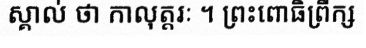
ស្គាល់ ថា កាលុត្តរៈ ។ ព្រះពោធិព្រឹក្ស